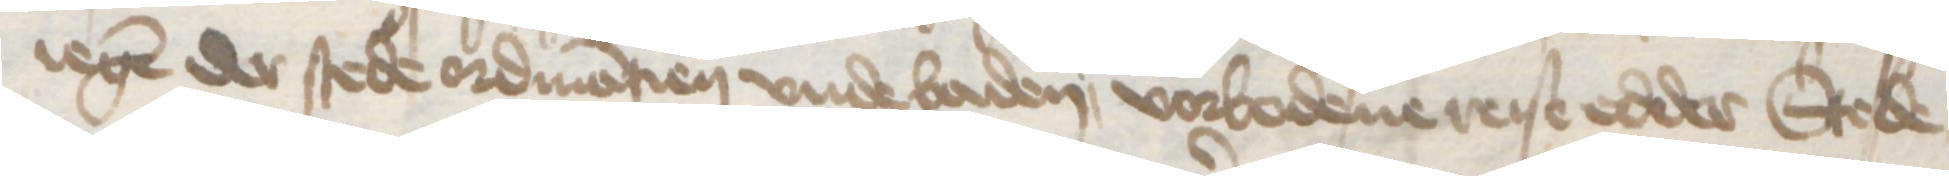
iegen der stede ordinantien vnde baden, vorbodene reise edder Stede